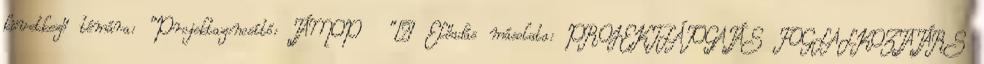
következő témára: "Projektazonosító: TÁMOP "— Előadás másolata: PROJEKTLÁTOGATÁS FOGLALKOZTATÁRS